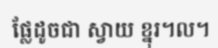
ផ្លែដូចជា ស្វាយ ខ្នុរ។ល។